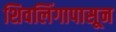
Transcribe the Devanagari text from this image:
शिवलिंगापासून